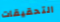
التحقيقات